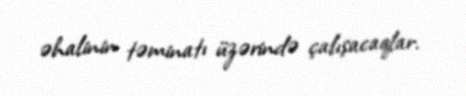
əhalinin təminatı üzərində çalışacaqlar.